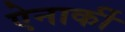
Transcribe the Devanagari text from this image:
ऐनार्की